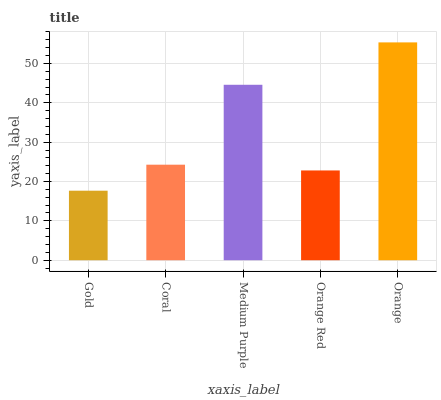
| xaxis_label | bars |
 | --- | --- |
 | Gold | 17.7 |
 | Coral | 24.3 |
 | Medium Purple | 44.6 |
 | Orange Red | 22.8 |
 | Orange | 55.3 |